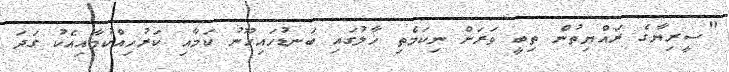
"ސީރިޔާގެ ރައްޔިތުން ތިބީ ވަރަށް ނިކަމެތި ހާލުގައި ބަނޑުހައިހޫނު ކަމާއި ކަރުހިއްކުމާއިއެކު ގަދަ